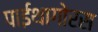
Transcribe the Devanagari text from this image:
पाईथागोरस